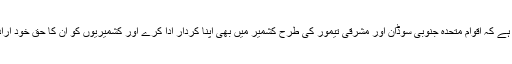
اب وقت آگیا ہے کہ اقوام متحدہ جنوبی سوڈان اور مشرقی تیمور کی طرح کشمیر میں بھی اپنا کردار ادا کرے اور کشمیریوں کو ان کا حق خود ارادیت دلوائے ۔